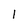
Character: l